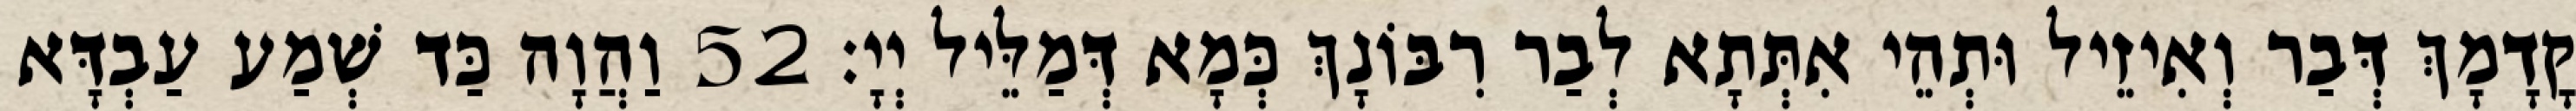
קֳדָמָךְ דְּבַר וְאִיזֵיל וּתְהֵי אִתְּתָא לְבַר רִבּוֹנָךְ כְּמָא דְּמַלֵּיל יְיָ׃ 52 וַהֲוָה כַּד שְׁמַע עַבְדָּא